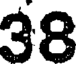
38